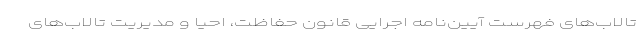
تالاب‌های فهرست آیین‌نامه اجرایی قانون حفاظت، احیا و مدیریت تالاب‌های